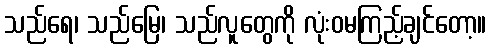
သည်ရေ၊ သည်မြေ၊ သည်လူတွေကို လုံးဝမကြည့်ချင်တော့။